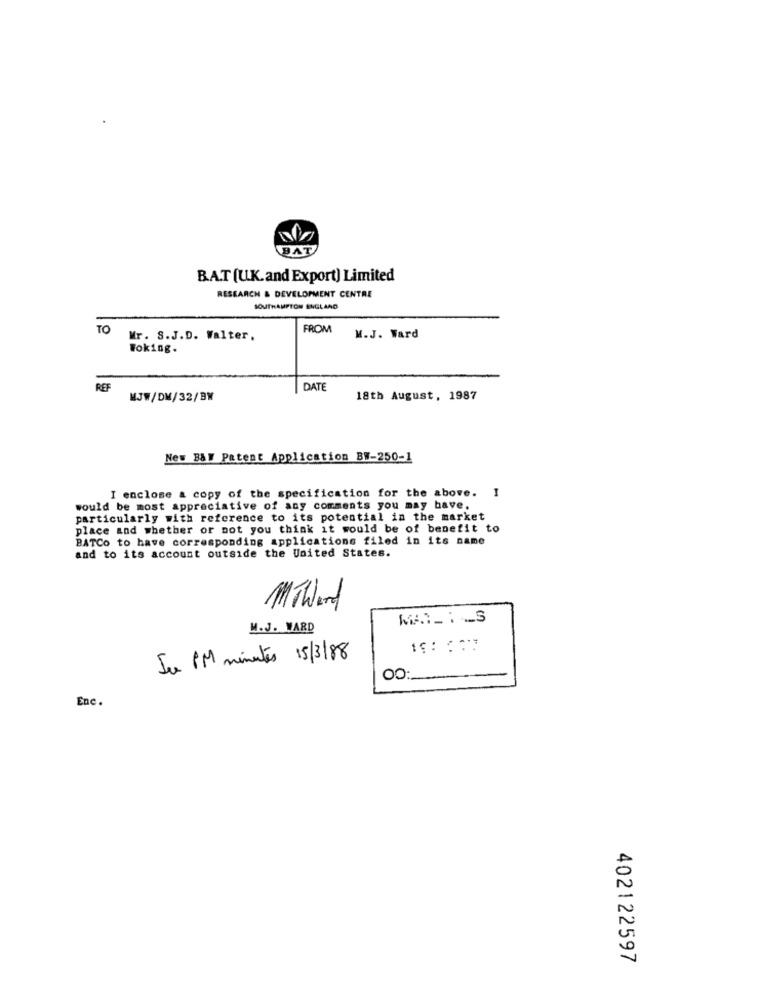
BAT
BAT (U.K.and Export) Limited
RESEARCH & DEVELOPMENT CENTRE
SOUTHAMPTON ENGLAND
TO
FROM
Mr. S.J.D. Walter.
M.J. Ward
Woking.
REF
DATE
WJW/DM/32/BW
18th August, 1987
New B&W Patent Application BW-250-1
I enclose & copy of the specification for the above.
I
would be most appreciative of any comments you may have.
particularly with reference to its potential in the market
place and whether or not you think it would be of benefit to
BATCo to have corresponding applications filed in its name
and to its account outside the United States.
MITWord
..
M. J. WARD
Su PM minutes 15/3/88
00:
Enc.
402122597